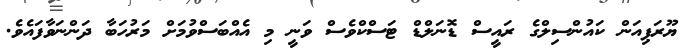
ޔޫރަޕިއަން ކައުންސިލްގެ ރައީސް ޑޮނަލްޑް ޓަސްކްވެސް ވަނީ މި އެއްބަސްވުމަށް މަރުހަބާ ދަންނަވާފައެވެ.